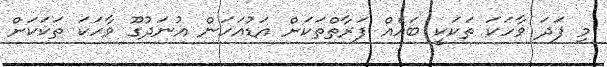
މި ފަދަ ވާހަކަ ތަކަކީ ބައެއް ފަރާތްތަކަށް އަޑުއަހަން އުނަދުގޫ ވާހަކަ ތަކަކަށް